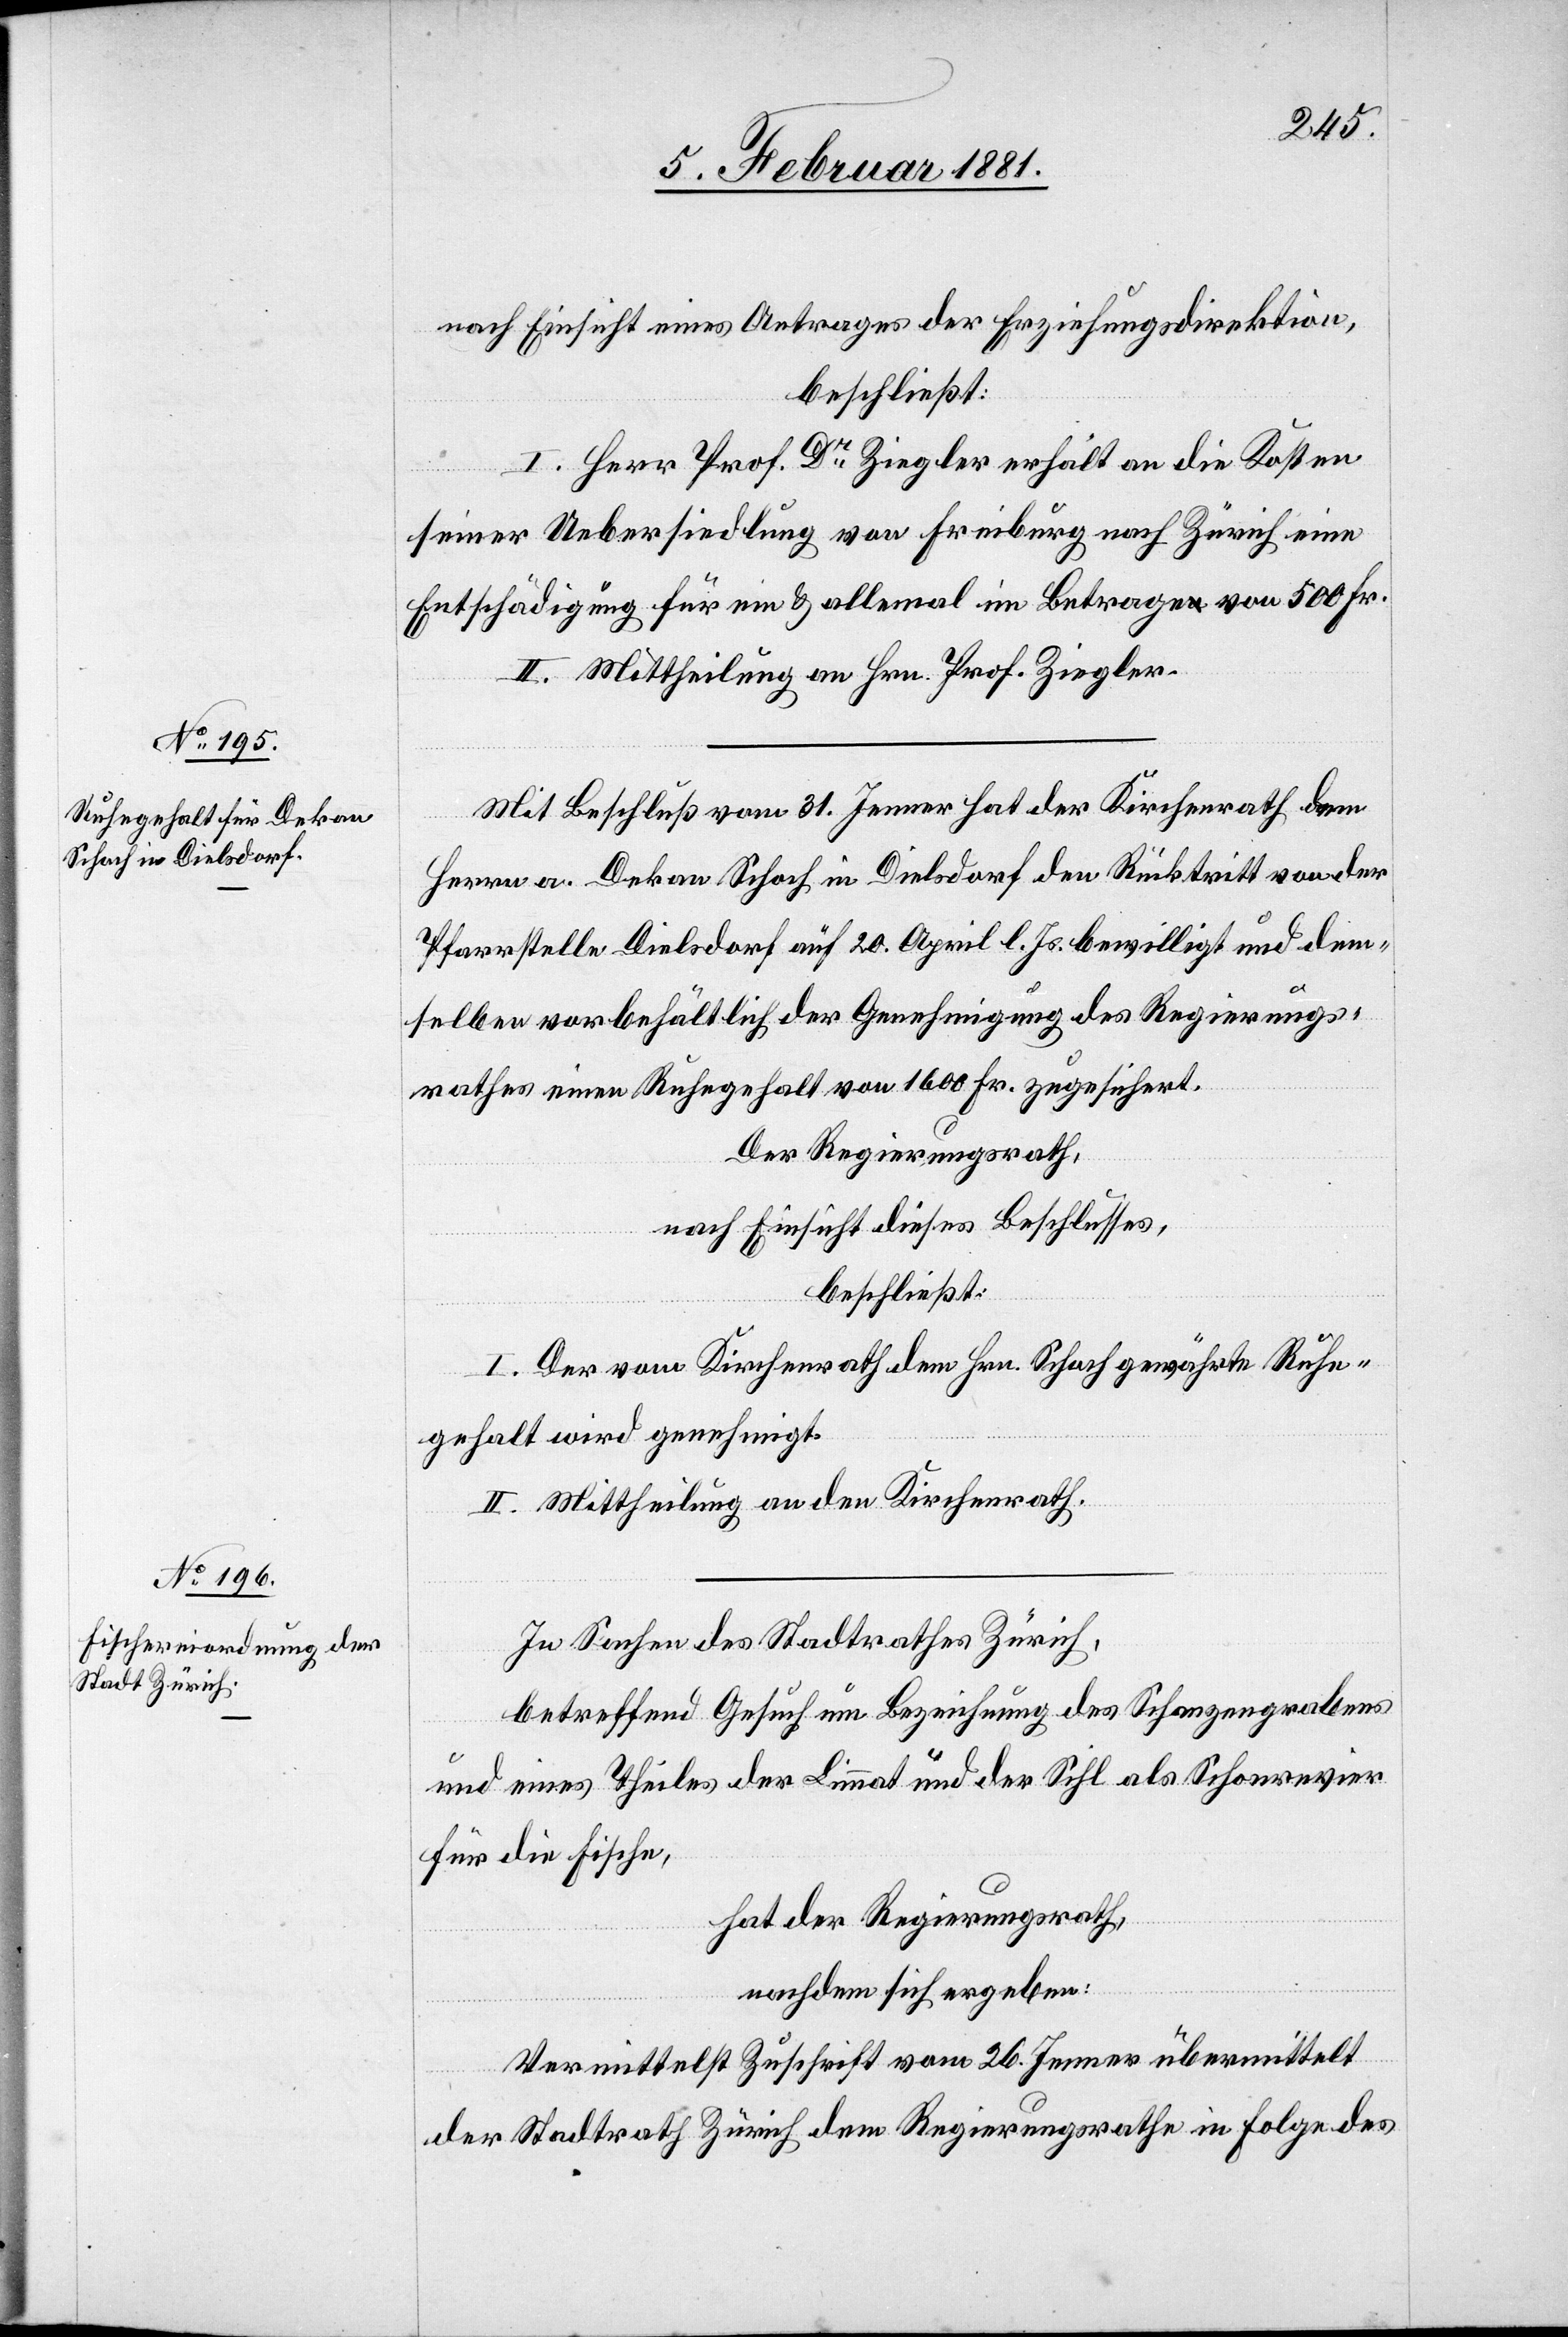
nach Einsicht eines Antrages der Erziehungsdirektion,
beschließt:
I. Herr Prof. Dr Ziegler erhält an die Kosten
seiner Uebersiedlung von Freiburg nach Zürich eine
Entschädigung für ein & allemal im Betrage von 500 Fr.
II. Mittheilung an Hrn. Prof. Ziegler.
Mit Beschluß vom 31. Jenner hat der Kirchenrath dem
Herrn a. Dekan Schoch in Dielsdorf den Rücktritt von der
Pfarrstelle Dielsdorf auf 20. April bewilligt und dem¬
selben vorbehältlich der Genehmigung des Regierungs¬
rathes einen Ruhegehalt von 1600 Fr. zugesichert.
Der Regierungsrath,
nach Einsicht dieses Beschlusses,
beschließt:
I. Der vom Kirchenrath dem Hrn. Schoch gewährte Ruhe¬
gehalt wird genehmigt.
II. Mittheilung an die Kirchenrath.
In Sachen des Stadtrathes Zürich,
betreffend Gesuch um Bezeichnung des Schanzengrabens
und eines Theiles der Limmat und der Sihl als Schonrevier
für die Fische,
hat der Regierungsrath,
nachdem sich ergeben:
Vermittelst Zuschrift vom 26. Jenner übermittelt
der Stadtrath Zürich dem Regierungsrathe in Folge des